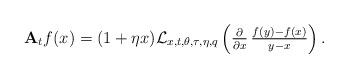
LaTeX: \begin{align*}\mathbf A_tf(x)=(1+\eta x)\mathcal{L}_{x,t,\theta,\tau,\eta,q}\left(\tfrac{\partial}{\partial x}\,\tfrac{f(y)-f(x)}{y-x}\right). \end{align*}